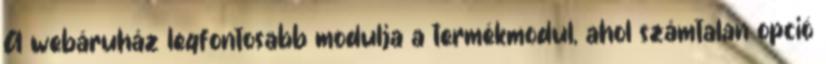
A webáruház legfontosabb modulja a termékmodul, ahol számtalan opció